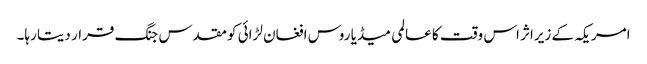
امریکہ کے زیراثر اس وقت کا عالمی میڈیا روس افغان لڑائی کو مقدس جنگ قرار دیتا رہا۔